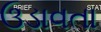
ઉડાવતા